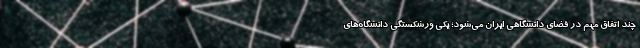
چند اتفاق مهم در فضای دانشگاهی ایران می‌شود؛ یکی ورشکستگی دانشگاه‌های